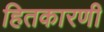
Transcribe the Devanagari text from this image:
हितकारणी